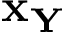
\mathbf { x } _ { \mathbf { Y } }